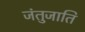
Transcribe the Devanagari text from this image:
जंतुजाति